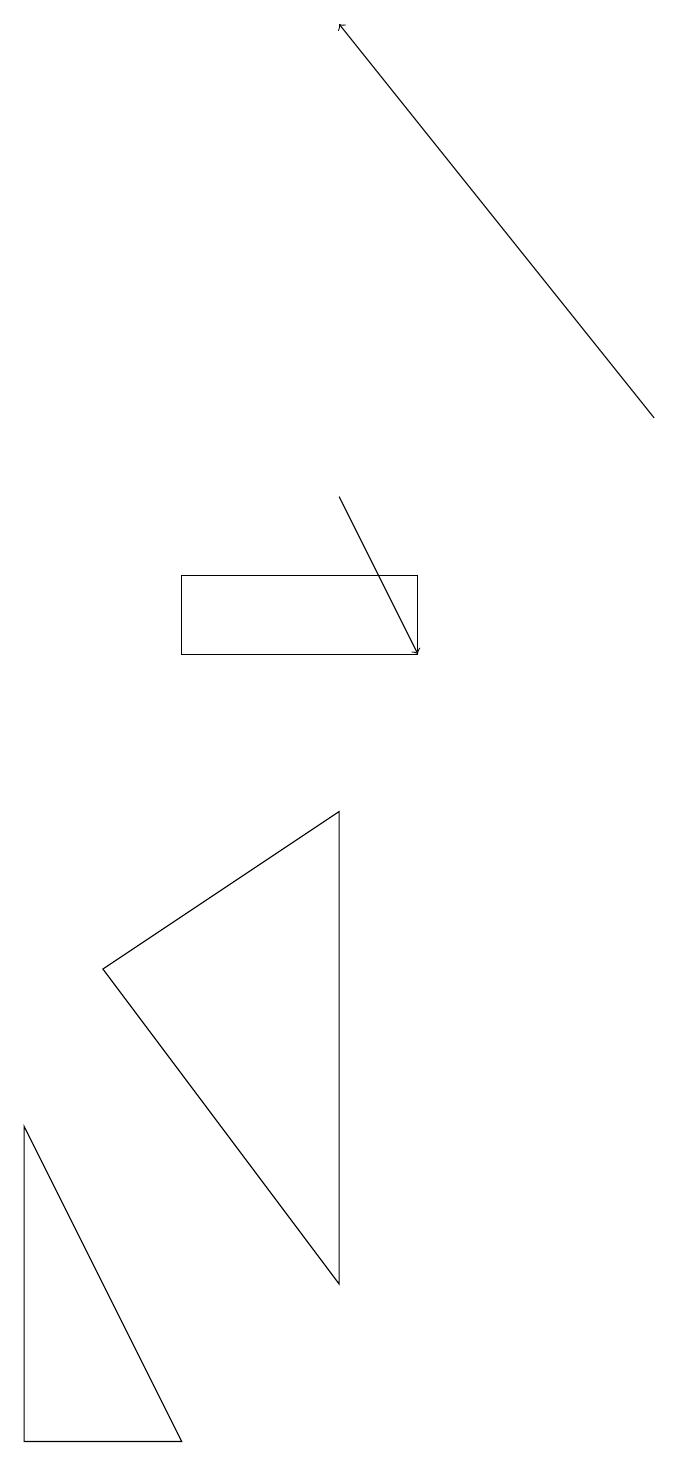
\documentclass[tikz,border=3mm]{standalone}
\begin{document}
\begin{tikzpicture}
\draw (0,4) -- (2,0) -- (0,0) -- cycle;
\draw (5,11) rectangle (2,10);
\draw (1,6) -- (4,8) -- (4,2) -- cycle;
\draw[->] (4,12) -- (5,10);
\draw[->] (8,13) -- (4,18);
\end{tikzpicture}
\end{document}